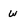
Character: w